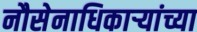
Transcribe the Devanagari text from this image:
नौसेनाधिकाऱ्यांच्या